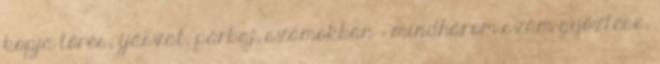
kopja törés, íjászat, párbaj, számokban : mindhárom szám győztese,